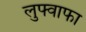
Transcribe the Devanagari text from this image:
लुफ्वाफा